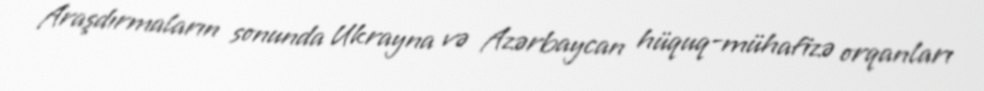
Araşdırmaların sonunda Ukrayna və Azərbaycan hüquq-mühafizə orqanları